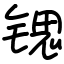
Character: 锶